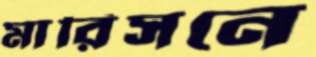
মারিসনে